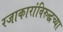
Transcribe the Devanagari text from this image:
रजाकारांविरुद्धच्या